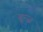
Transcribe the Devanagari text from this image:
ब्रून्ज